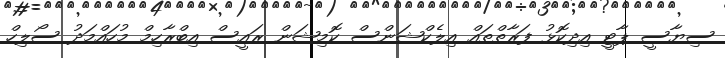
ސިޔާސީ ޕާޓީ އިދިކޮޅު ފަރާތްތައް އިލެކްޝަންސް ކޮމިޝަން ރައީސް އިބްރާހިމް މުހައްމަދު ސޯލިހް